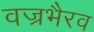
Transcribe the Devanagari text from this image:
वज्रभैरव